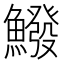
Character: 鱍